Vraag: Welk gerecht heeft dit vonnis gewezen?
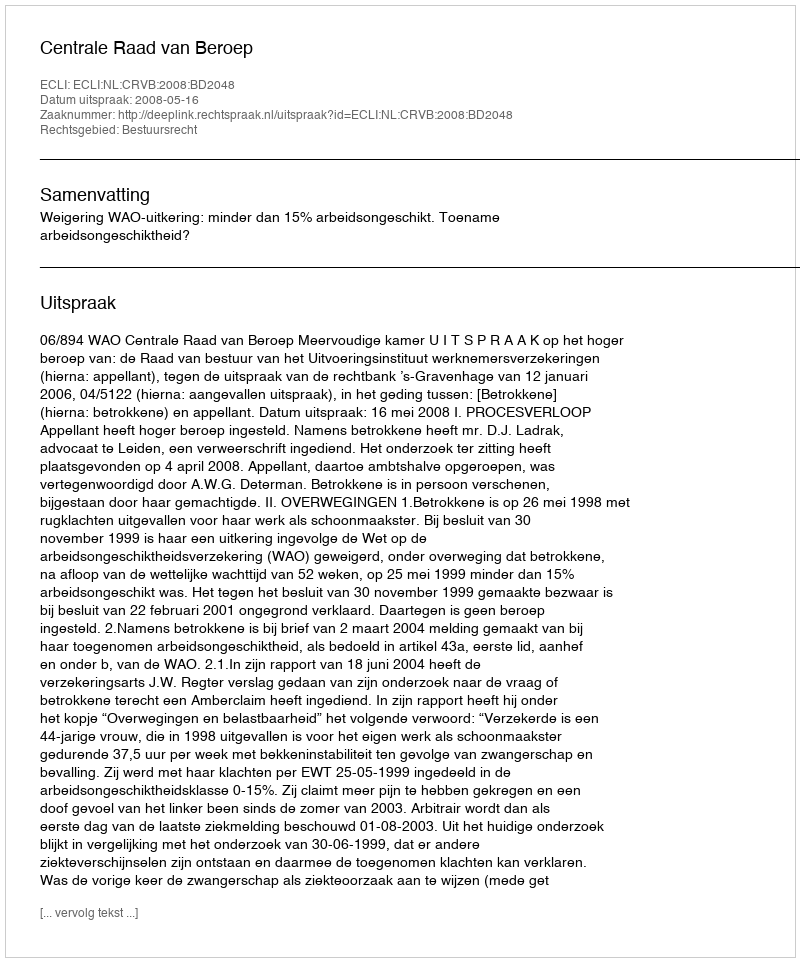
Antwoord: Centrale Raad van Beroep